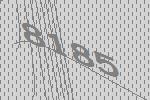
8185